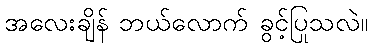
အလေးချိန် ဘယ်လောက် ခွင့်ပြုသလဲ။